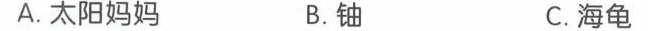
A.太阳妈妈 B.铀 C.海龟